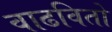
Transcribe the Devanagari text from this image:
वाढवितो